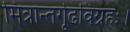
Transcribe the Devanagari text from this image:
मित्रान्तर्गूढविग्रहः।